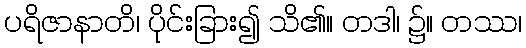
ပရိဇာနာတိ၊ ပိုင်းခြား၍ သိ၏။ တဒါ၊ ၌။ တဿ၊